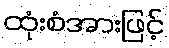
ထုံးစံအားဖြင့်